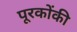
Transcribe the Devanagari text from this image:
पूरकोंकी